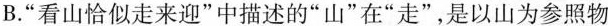
B.“看山恰似走来迎”中描述的“山”在“走”，是以山为参照物